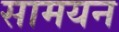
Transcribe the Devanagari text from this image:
सामयन